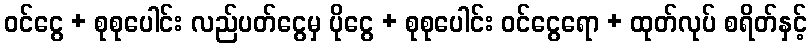
ဝင်ငွေ + စုစုပေါင်း လည်ပတ်ငွေမှ ပိုငွေ + စုစုပေါင်း ဝင်ငွေရော + ထုတ်လုပ် စရိတ်နှင့်